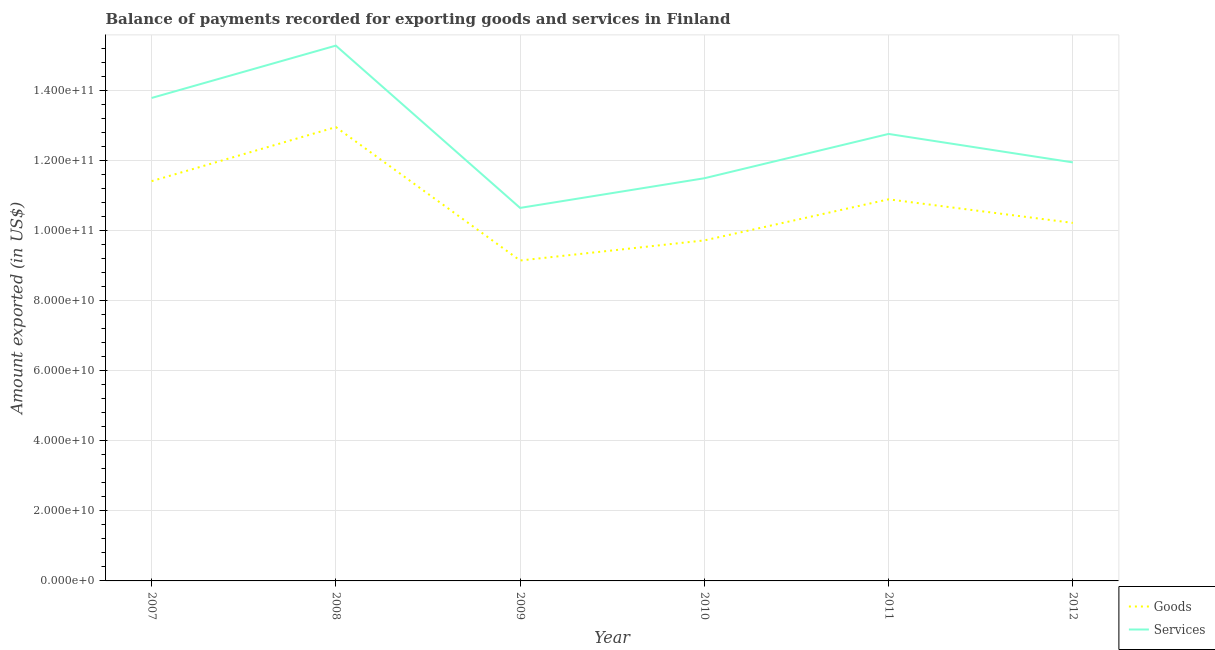
| Year | Goods | Services |
 | --- | --- | --- |
 | 2007 | 1.14e+11 | 1.38e+11 |
 | 2008 | 1.3e+11 | 1.53e+11 |
 | 2009 | 9.15e+10 | 1.07e+11 |
 | 2010 | 9.72e+10 | 1.15e+11 |
 | 2011 | 1.09e+11 | 1.28e+11 |
 | 2012 | 1.02e+11 | 1.2e+11 |